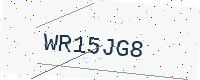
Text: WR15JG8